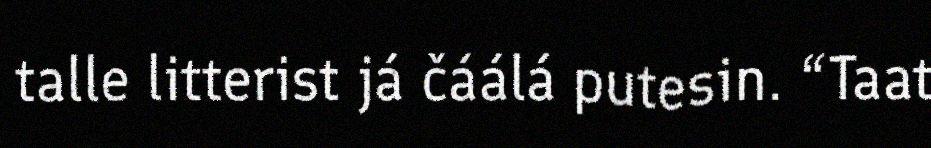
talle litterist já čáálá putesin. “Taat